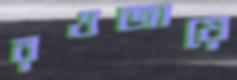
রওজায়ে